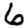
Digit: 6